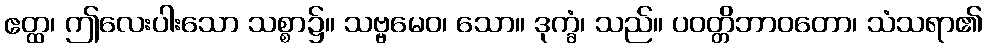
ဧတ္ထ၊ ဤလေးပါးသော သစ္စာ၌။ သဗ္ဗမေဝ၊ သော။ ဒုက္ခံ၊ သည်။ ပဝတ္တိဘာဝတော၊ သံသရာ၏